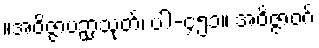
။အဝိဇ္ဇာပဉှာသုတ်၊ ပါ-၄၅၁။ အဝိဇ္ဇာဝဂ်